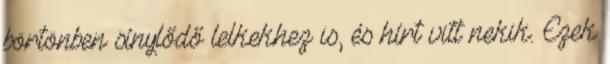
börtönben sínylődő lelkekhez is, és hírt vitt nekik. Ezek